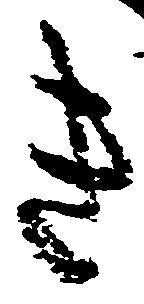
き